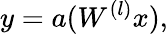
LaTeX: y=a(W^{(l)}x),